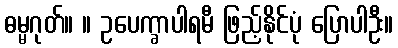
ဓမ္မဂုတ်။ ။ ဥပေက္ခာပါရမီ ဖြည့်နိုင်ပုံ ပြောပါဦး။